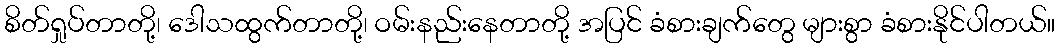
စိတ်ရှုပ်တာတို့၊ ဒေါသထွက်တာတို့၊ ဝမ်းနည်းနေတာတို့ အပြင် ခံစားချက်တွေ များစွာ ခံစားနိုင်ပါတယ်။